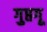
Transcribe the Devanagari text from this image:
गुप्तगू